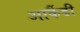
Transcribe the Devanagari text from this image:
आर्कैडी